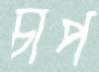
চাপ